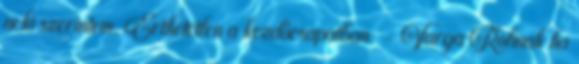
neki szerintem. Érthetetlen a kezdőcsapatban. - Varga Rolinak ha